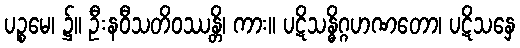
ပဉ္စမေ၊ ၌။ ဦးနဝီသတိဝဿန္တိ၊ ကား။ ပဋိသန္ဓိဂ္ဂဟဏတော၊ ပဋိသနှေ